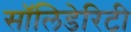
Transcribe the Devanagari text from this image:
सॉलिडेरिटी